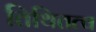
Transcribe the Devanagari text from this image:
तिथितत्व